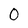
Character: 0